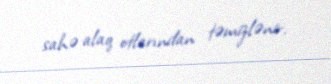
sahə alaq otlarından təmizlənir.